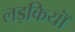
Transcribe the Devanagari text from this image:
लड़कियॉं